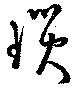
瑣